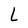
Character: L